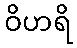
ဝိဟရိ